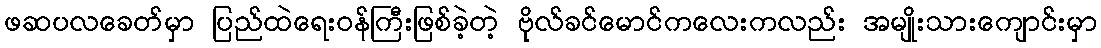
ဖဆပလခေတ်မှာ ပြည်ထဲရေးဝန်ကြီးဖြစ်ခဲ့တဲ့ ဗိုလ်ခင်မောင်ကလေးကလည်း အမျိုးသားကျောင်းမှာ